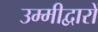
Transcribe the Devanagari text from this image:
उम्मीद्वारों